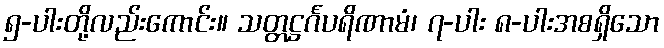
၅-ပါးတို့လည်းကောင်း။ သတ္တဋ္ဌင်္ဂပရိဏာမံ၊ ၇-ပါး ၈-ပါးအစရှိသော